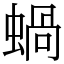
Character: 蝸